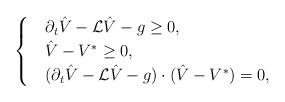
LaTeX: \begin{align*}\begin{cases}&\partial_t\hat{V} - \mathcal L\hat{V} - g \geq 0,\\&\hat{V} - V^* \geq 0,\\&(\partial_t\hat{V} - \mathcal L\hat{V} - g)\cdot(\hat{V} - V^*) = 0,\end{cases}\end{align*}